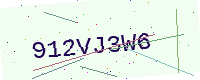
Text: 912VJ3W6